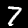
Label: 7